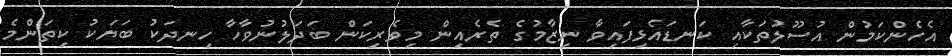
އެހެންކަމުން އުސޫލުތަކާއި ކަނޑައެޅިފައިވާ ނިޒާމުގެ ތެރެއިން މިވެރިކަން ބަދަލުނުވާހާ ހިނދަކު ބަޔަކު ކިތަންމެ